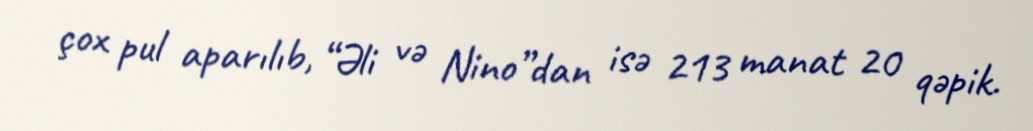
çox pul aparılıb, “Əli və Nino”dan isə 213 manat 20 qəpik.